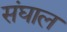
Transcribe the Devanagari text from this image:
संघाल